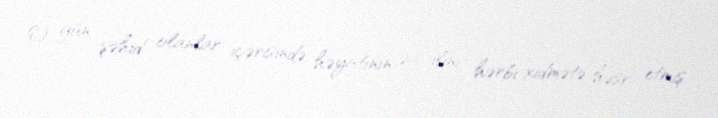
O gün şəhid olanlar içərisində həyatının 26 ilini hərbi xidmətə həsr etmiş